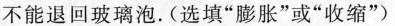
不能退回玻璃泡.(选填”膨胀”或”收缩”)